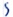
Text: S